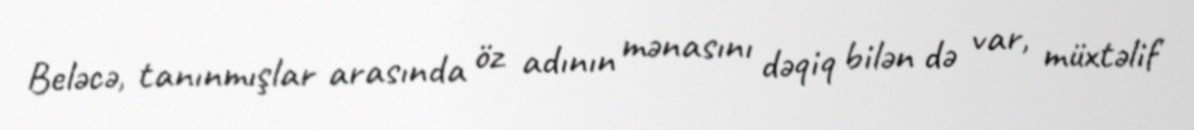
Beləcə, tanınmışlar arasında öz adının mənasını dəqiq bilən də var, müxtəlif